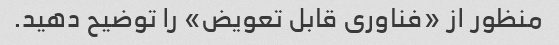
منظور از «فناوری قابل تعویض» را توضیح دهید.